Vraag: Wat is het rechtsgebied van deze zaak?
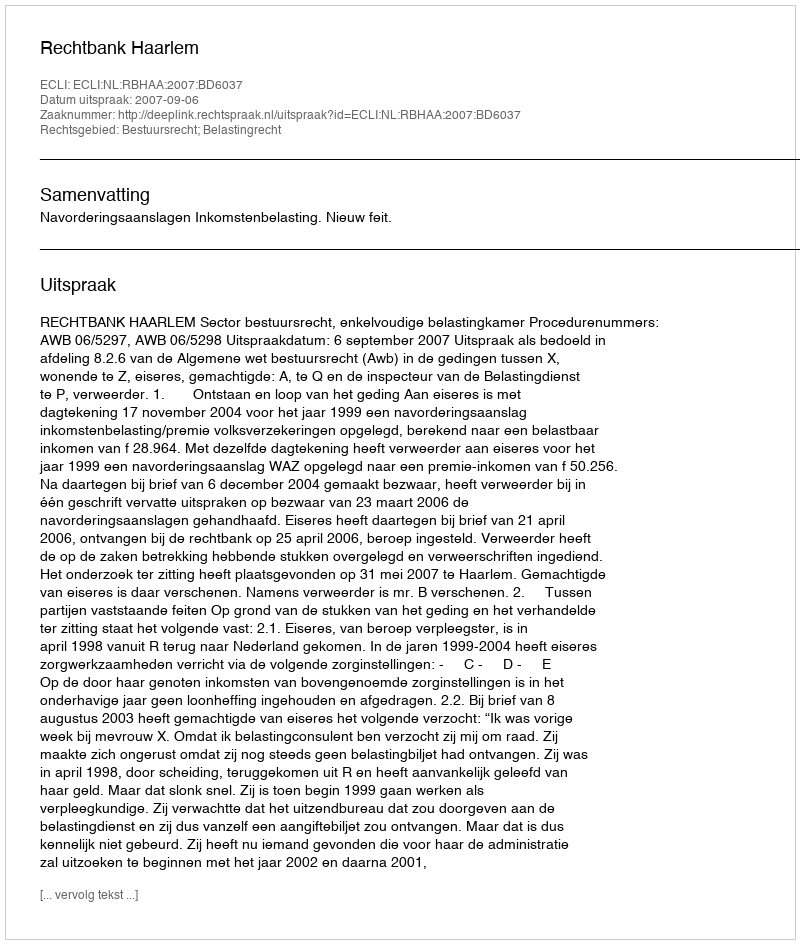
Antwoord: Bestuursrecht; Belastingrecht